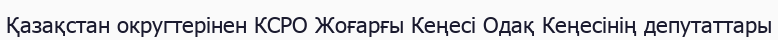
Қазақстан округтерінен КСРО Жоғарғы Кеңесі Одақ Кеңесінің депутаттары